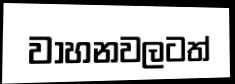
වාහනවලටත්